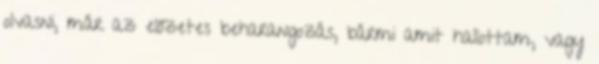
olvasni, már az előzetes beharangozás, bármi amit hallottam, vagy